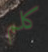
كلم